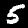
Digit: 5